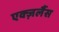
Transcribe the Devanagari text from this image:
एक्ज़लैंस